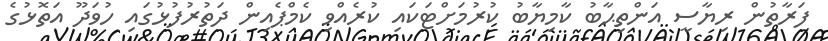
ފަރާތުން ރިޔާސީ އަންތިޙާބު ކާމިޔާބު ކުރުމަށްޓަކައި ކުރެއްވި ކެމްޕެއިން ދަތުރުފުޅުގައި ހުވަދޫ އަތޮޅުގެ